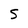
Character: 5